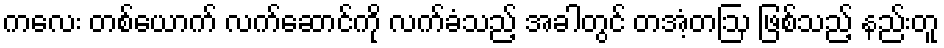
ကလေး တစ်ယောက် လက်ဆောင်ကို လက်ခံသည့် အခါတွင် တအံ့တဩ ဖြစ်သည့် နည်းတူ